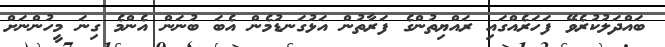
ބައްދަލުކުރެވޭ ފަހަރެއްގައި ރައްޔިތުންގެ ފަރާތުން އަޅުގަނޑުމެން އެބަ ބުނަން އެންމެ ގިނަ މީހުންނަށް